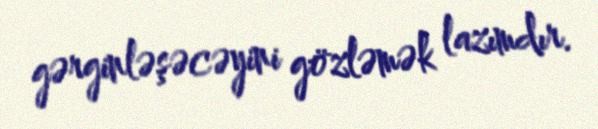
gərginləşəcəyini gözləmək lazımdır.